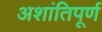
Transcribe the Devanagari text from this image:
अशांतिपूर्ण